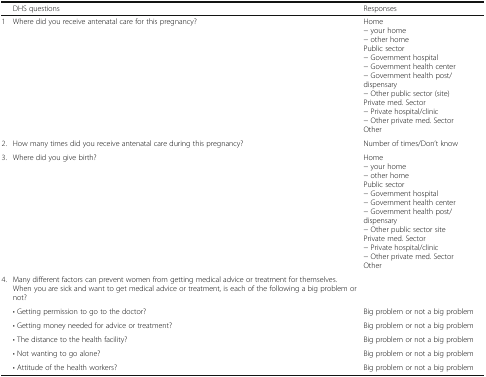
<table><thead><tr><td></td><td><b>DHS questions</b></td><td><b>Responses</b></td></tr></thead><tbody><tr><td>1</td><td>Where did you receive antenatal care for this pregnancy?</td><td>Home− your home− other homePublic sector− Government hospital− Government health center− Government health post/dispensary− Other public sector (site)Private med. Sector− Private hospital/clinic− Other private med. SectorOther</td></tr><tr><td>2.</td><td>How many times did you receive antenatal care during this pregnancy?</td><td>Number of times/Don’t know</td></tr><tr><td>3.</td><td>Where did you give birth?</td><td>Home− your home− other homePublic sector− Government hospital− Government health center− Government health post/dispensary− Other public sector sitePrivate med. Sector− Private hospital/clinic− Other private med. SectorOther</td></tr><tr><td>4.</td><td>Many different factors can prevent women from getting medical advice or treatment for themselves. When you are sick and want to get medical advice or treatment, is each of the following a big problem or not?</td><td></td></tr><tr><td></td><td>• Getting permission to go to the doctor?</td><td>Big problem or not a big problem</td></tr><tr><td></td><td>• Getting money needed for advice or treatment?</td><td>Big problem or not a big problem</td></tr><tr><td></td><td>• The distance to the health facility?</td><td>Big problem or not a big problem</td></tr><tr><td></td><td>• Not wanting to go alone?</td><td>Big problem or not a big problem</td></tr><tr><td></td><td>• Attitude of the health workers?</td><td>Big problem or not a big problem</td></tr></tbody></table>